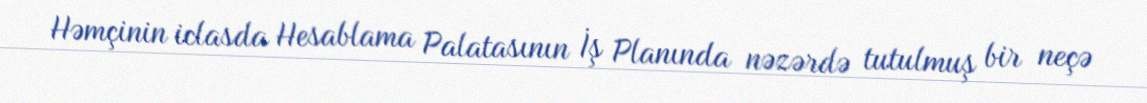
Həmçinin iclasda Hesablama Palatasının İş Planında nəzərdə tutulmuş bir neçə